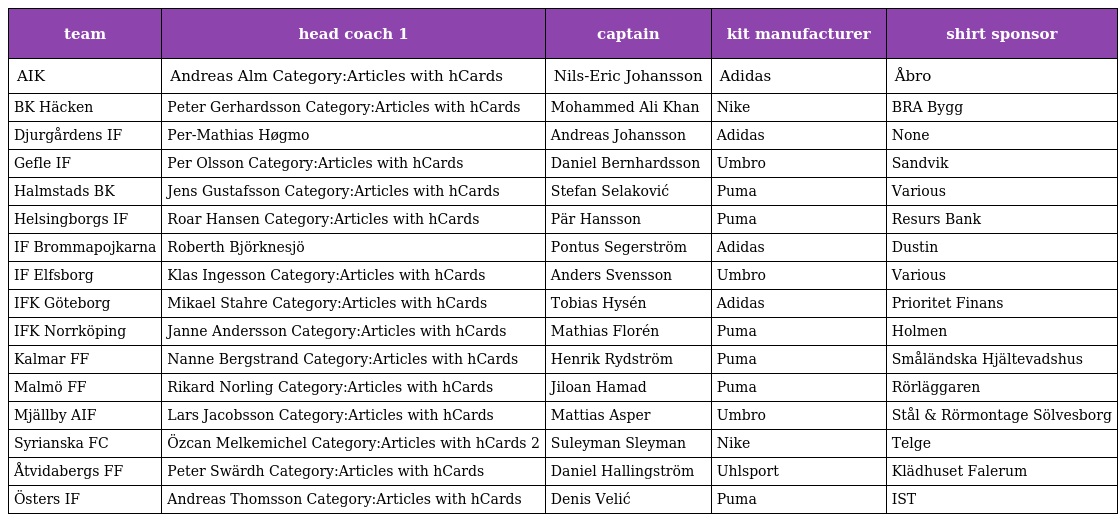
| team | head coach 1 | captain | kit manufacturer | shirt sponsor |
 | --- | --- | --- | --- | --- |
 | AIK | Andreas Alm Category:Articles with hCards | Nils-Eric Johansson | Adidas | Åbro |
 | BK Häcken | Peter Gerhardsson Category:Articles with hCards | Mohammed Ali Khan | Nike | BRA Bygg |
 | Djurgårdens IF | Per-Mathias Høgmo | Andreas Johansson | Adidas | None |
 | Gefle IF | Per Olsson Category:Articles with hCards | Daniel Bernhardsson | Umbro | Sandvik |
 | Halmstads BK | Jens Gustafsson Category:Articles with hCards | Stefan Selaković | Puma | Various |
 | Helsingborgs IF | Roar Hansen Category:Articles with hCards | Pär Hansson | Puma | Resurs Bank |
 | IF Brommapojkarna | Roberth Björknesjö | Pontus Segerström | Adidas | Dustin |
 | IF Elfsborg | Klas Ingesson Category:Articles with hCards | Anders Svensson | Umbro | Various |
 | IFK Göteborg | Mikael Stahre Category:Articles with hCards | Tobias Hysén | Adidas | Prioritet Finans |
 | IFK Norrköping | Janne Andersson Category:Articles with hCards | Mathias Florén | Puma | Holmen |
 | Kalmar FF | Nanne Bergstrand Category:Articles with hCards | Henrik Rydström | Puma | Småländska Hjältevadshus |
 | Malmö FF | Rikard Norling Category:Articles with hCards | Jiloan Hamad | Puma | Rörläggaren |
 | Mjällby AIF | Lars Jacobsson Category:Articles with hCards | Mattias Asper | Umbro | Stål & Rörmontage Sölvesborg |
 | Syrianska FC | Özcan Melkemichel Category:Articles with hCards 2 | Suleyman Sleyman | Nike | Telge |
 | Åtvidabergs FF | Peter Swärdh Category:Articles with hCards | Daniel Hallingström | Uhlsport | Klädhuset Falerum |
 | Östers IF | Andreas Thomsson Category:Articles with hCards | Denis Velić | Puma | IST |